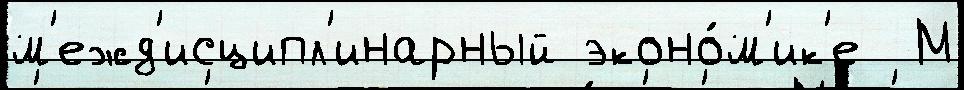
м'ежд'исципл'инарный эконо́м'ик'е  М